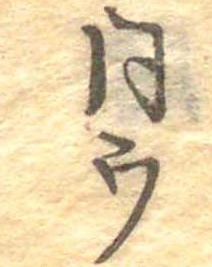
同ウ